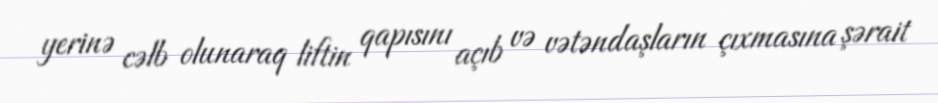
yerinə cəlb olunaraq liftin qapısını açıb və vətəndaşların çıxmasına şərait